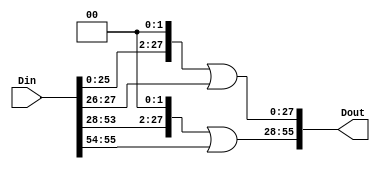
module shifts_s2(
    input [55:0] Din,
    output [55:0] Dout
    );
parameter shift_count = 2;
wire [27:0] L;
wire [27:0] R;
assign L = Din[55:28];
assign R = Din[27:0];
assign Dout = {(L << shift_count) | (L >> (28-shift_count)), (R << shift_count) | (R >> (28-shift_count))};
endmodule